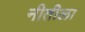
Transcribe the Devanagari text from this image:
नीतीला